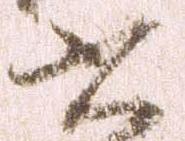
書